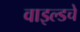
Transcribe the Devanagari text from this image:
वाइल्डचे